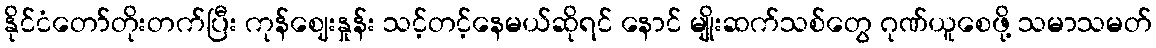
နိုင်ငံတော်တိုးတက်ပြီး ကုန်ဈေးနှုန်း သင့်တင့်နေမယ်ဆိုရင် နောင် မျိုးဆက်သစ်တွေ ဂုဏ်ယူစေဖို့ သမာသမတ်